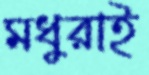
মধুরাই